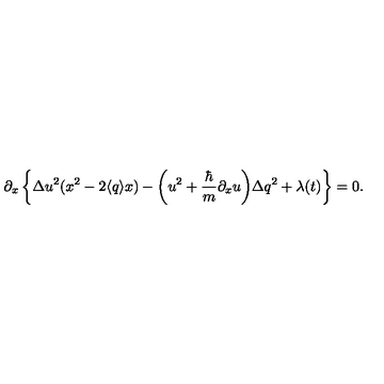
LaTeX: \partial _ { x } \left\{ { \Delta u } ^ { 2 } ( x ^ { 2 } - 2 \langle q \rangle x ) - \bigg ( u ^ { 2 } + \frac { \hbar } { m } \partial _ { x } u \bigg ) { \Delta q } ^ { 2 } + \lambda ( t ) \right\} = 0 .